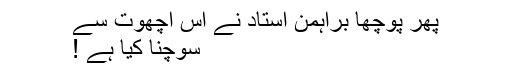
پھر پوچھا براہمن استاد نے اس اچھوت سے
سوچنا کیا ہے !